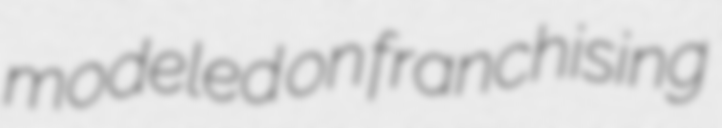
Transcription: modeled on franchising